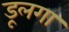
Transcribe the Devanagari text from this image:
डूलगा